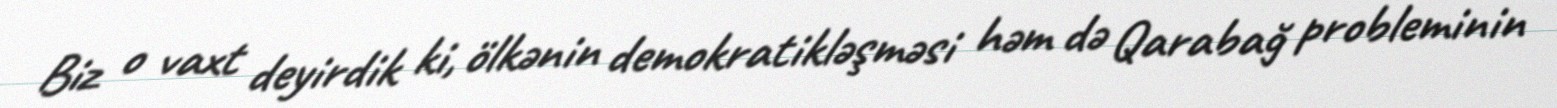
Biz o vaxt deyirdik ki, ölkənin demokratikləşməsi həm də Qarabağ probleminin